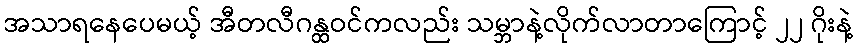
အသာရနေပေမယ့် အီတလီဂန္ထဝင်ကလည်း သမ္ဘာနဲ့လိုက်လာတာကြောင့် ၂၂ ဂိုးနဲ့